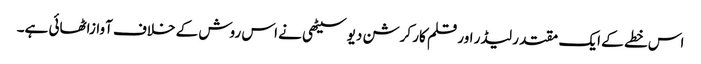
اس خطے کے ایک مقتدر لیڈر اور قلم کار کرشن دیو سیٹھی نے اس روش کے خلاف آوازاٹھائی ہے۔